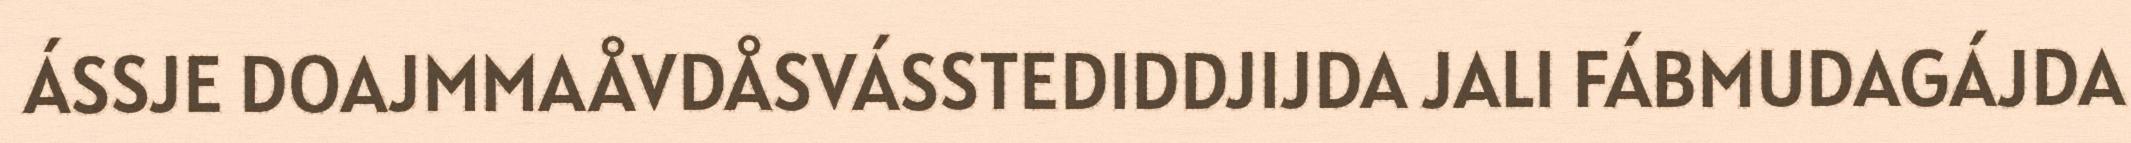
ÁSSJE DOAJMMAÅVDÅSVÁSSTEDIDDJIJDA JALI FÁBMUDAGÁJDA